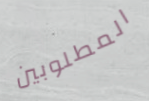
المطلوبين